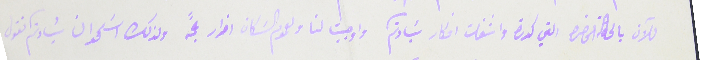
للآن بالحالة الحاضرة التي كدرة واشغلت افكار سَيادتكم واوجبت لنا ولعموم السَكان اضرار جمًة ولذلك اسَمحو ان سَيادتم نقول